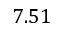
7 . 5 1